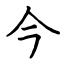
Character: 今